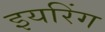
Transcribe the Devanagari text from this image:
इयरिंग